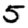
Digit: 5